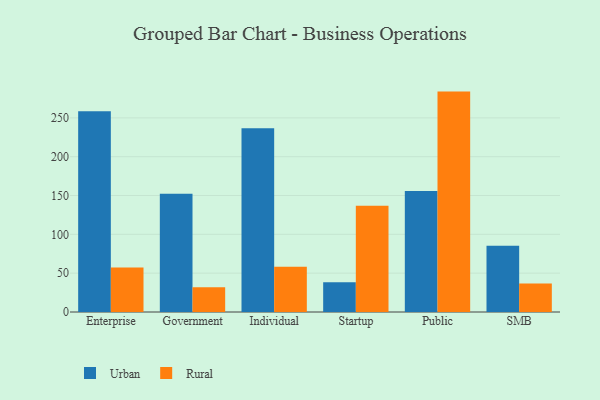
{"axis": {"x": "Segment", "y": "Latency (ms)"}, "legend": ["Rural", "Urban"], "data": [{"x": "Enterprise", "y": 258.5, "type": "Urban"}, {"x": "Enterprise", "y": 57.3, "type": "Rural"}, {"x": "Government", "y": 152.2, "type": "Urban"}, {"x": "Government", "y": 32.0, "type": "Rural"}, {"x": "Individual", "y": 236.7, "type": "Urban"}, {"x": "Individual", "y": 58.4, "type": "Rural"}, {"x": "Startup", "y": 38.4, "type": "Urban"}, {"x": "Startup", "y": 136.7, "type": "Rural"}, {"x": "Public", "y": 155.8, "type": "Urban"}, {"x": "Public", "y": 283.8, "type": "Rural"}, {"x": "SMB", "y": 85.3, "type": "Urban"}, {"x": "SMB", "y": 36.7, "type": "Rural"}]}